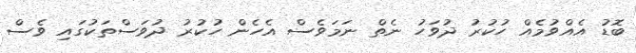
ބޮޑު އެއްވުމެއް ހުކުރު ދުވަހު ނެތް ނަމަވެސް އެހެން ހުކުރު ދުވަސްތަކުގައި ވެސް